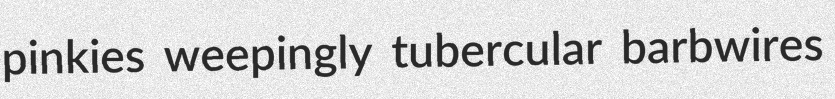
pinkies weepingly tubercular barbwires